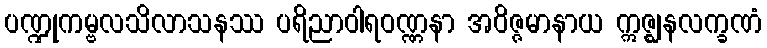
ပဏ္ဍုကမ္ဗလသိလာသနဿ ပရိညာဝါရဝဏ္ဏနာ အဝိဇ္ဇမာနာယ ဣဇ္ဈနလက္ခဏံ